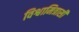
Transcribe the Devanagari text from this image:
विश्वामित्रासी